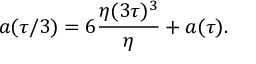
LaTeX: a ( \tau / 3 ) = 6 { \frac { \eta ( 3 \tau ) ^ { 3 } } { \eta } } + a ( \tau ) .